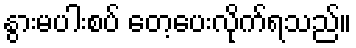
နွားမပါးစပ် တေ့ပေးလိုက်ရသည်။